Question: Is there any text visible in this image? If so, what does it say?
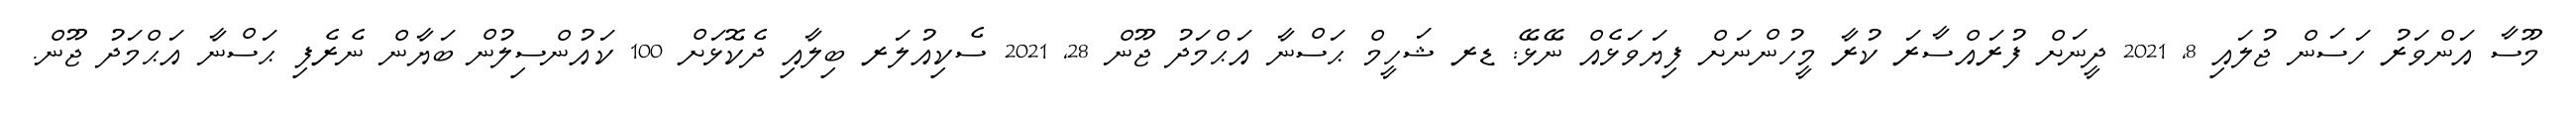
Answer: މޫސާ އަންވަރު ހަސަން ޖުލައި 8, 2021 ދީނަށް ފުރައްސާރަ ކުރާ މީހުންނަށް ފިޔަވަޅެއް ނޭޅޭ: ޑރ ޝަހީމް ޙަސްނާ އަޙްމަދު ޖޫން 28, 2021 ސެކިއުލަރ ބިލާއި ދެކޮޅަށް 100 ކައުންސިލުން ބަޔާން ނެރެފި ޙަސްނާ އަޙްމަދު ޖޫން.